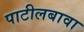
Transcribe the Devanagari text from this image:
पाटीलबावा